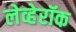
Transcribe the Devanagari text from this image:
लेव्हेरॉक